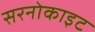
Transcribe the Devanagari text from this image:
सरनोकाइट